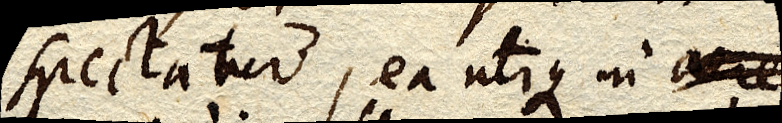
spectatur, ea utique in aere